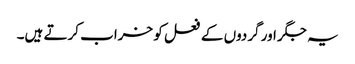
یہ جگر اور گردوں کے فعل کو خراب کرتے ہیں۔